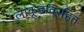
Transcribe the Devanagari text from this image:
लाकूडविरहित